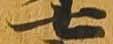
七